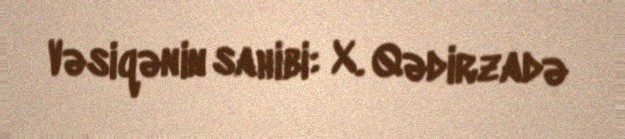
Vəsiqənin sahibi: X. Qədirzadə